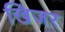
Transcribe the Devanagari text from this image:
खिजर